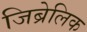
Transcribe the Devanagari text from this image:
जिब्रेलिक